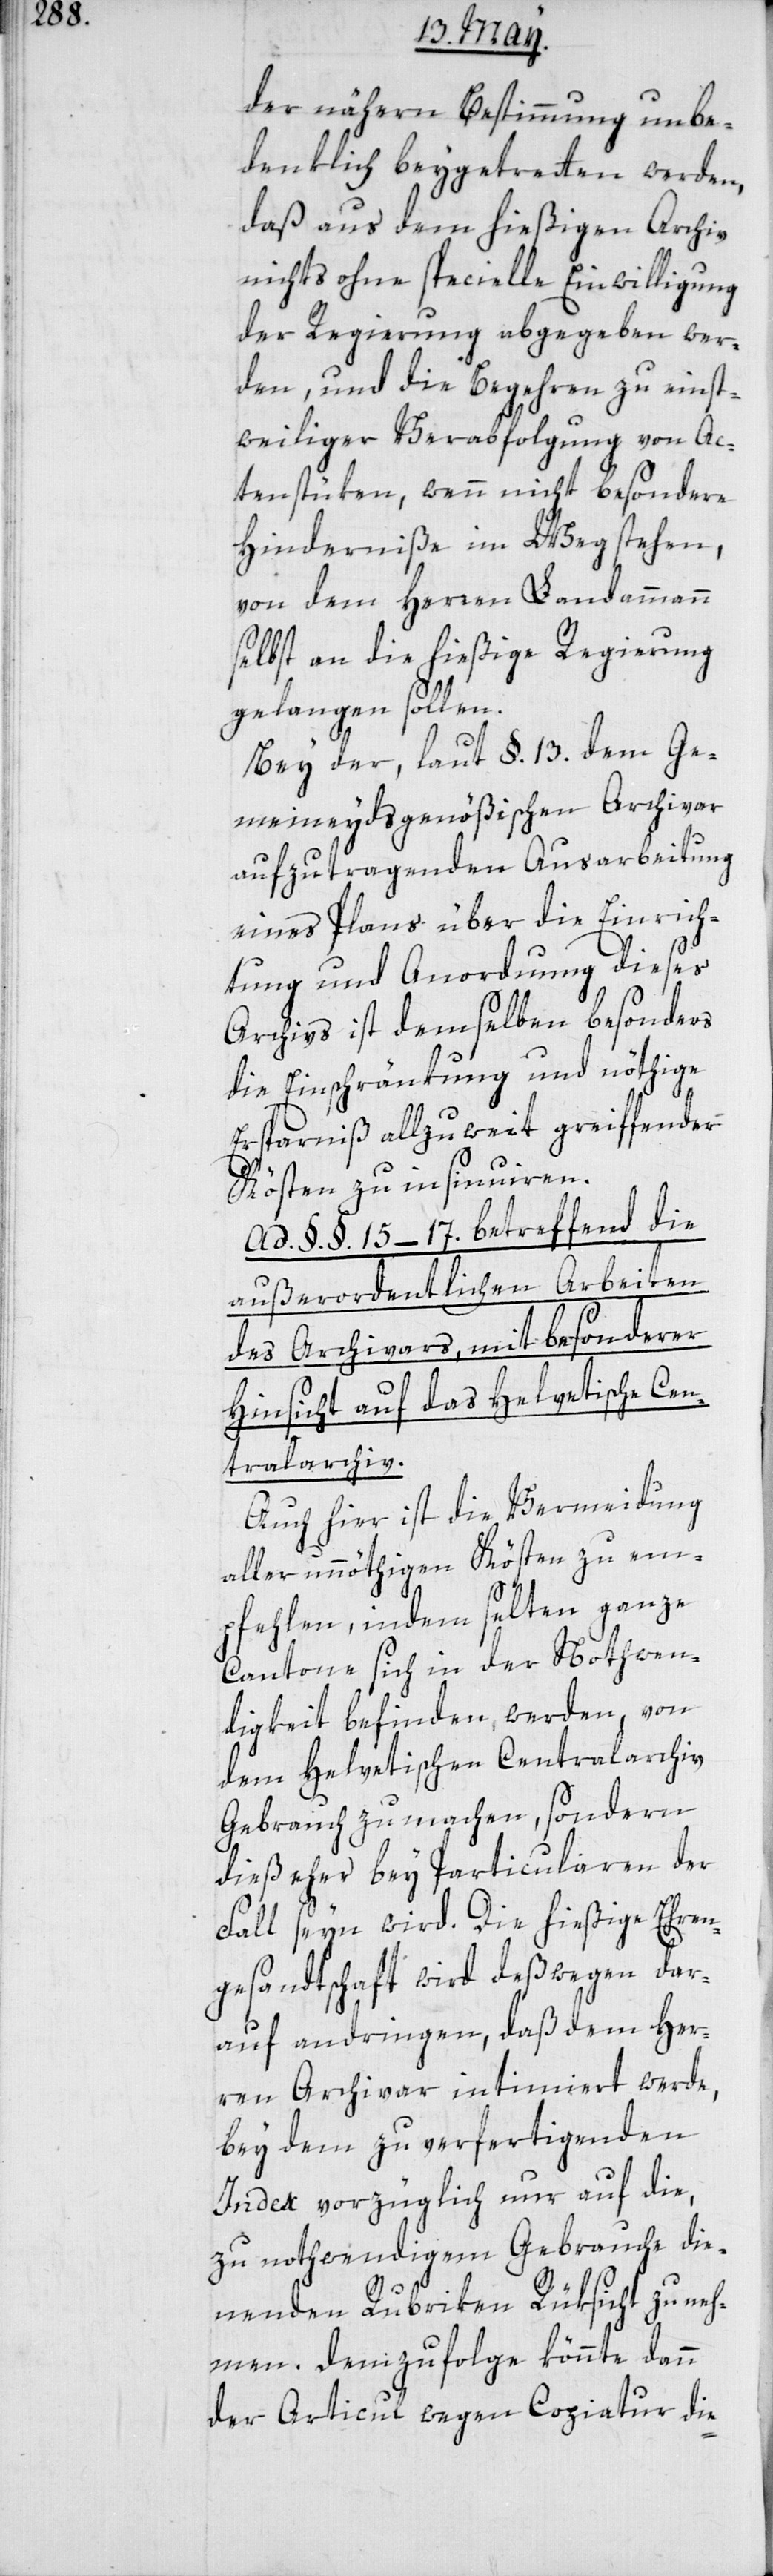
der nähern Bestimmung unbe¬
denklich beygetreten werden,
daß aus dem hießigen Archiv
nichts ohne specielle Einwilligung
der Regierung abgegeben wer¬
den, und die Begehren zu einst¬
weiliger Verabfolgung von Ac¬
tenstüken, wenn nicht besondere
Hinderniße im Weg stehen,
von dem Herren Landammann
selbst an die hießige Regierung
gelangen sollen.
Bey der laut §. 13. dem Ge¬
meineydsgenößischen Archivar
aufzutragenden Ausarbeitung
eines Plans über die Einrich¬
tung und Anordnung dieses
Archivs, ist demselben besonders
die Einschränkung und nöthige
Ersparniß allzu weit greiffender
Kösten zu insinuieren.
Ad. §. §. 15–17. betreffend die
außerordentlichen Arbeiten
des Archivars, mit besonderer
Hinsicht auf das Helvetische Cen¬
tralarchiv.
Auch hier ist die Vermeidung
aller unnöthigen Kösten zu em¬
pfehlen, indem selten ganze
Cantone sich in der Nothwen¬
digkeit befinden werden, von
dem Helvetischen Centralarchiv
Gebrauch zu machen, sondern
dieß eher bey Particularen der
Fall seyn wird. Die hießige Ehren¬
gesandtschaft wird deßwegen dar¬
auf andringen, daß dem Her¬
ren Archivar intimiert werde,
bey dem zu verfertigenden
Index vorzüglich nur auf die,
zu nothwendigem Gebrauche die¬
nenden Rubriken Rüksicht zu neh¬
men. Demzufolge könnte dann
der Articul wegen Copiatur die-